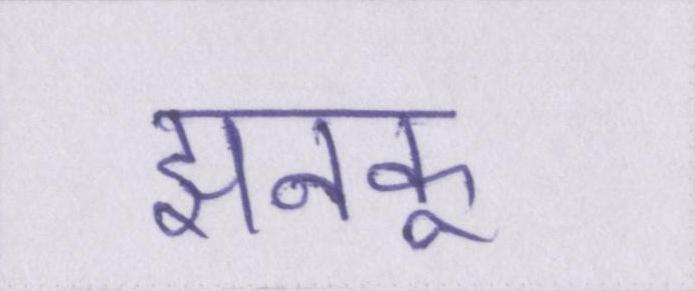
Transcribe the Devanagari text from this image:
झनकू